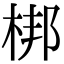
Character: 梆